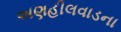
અણહીલવાડના